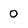
Character: 0